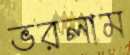
ভরলাম